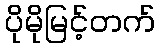
ပိုမိုမြင့်တက်